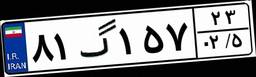
۸۱گ۱۵۷۲۳